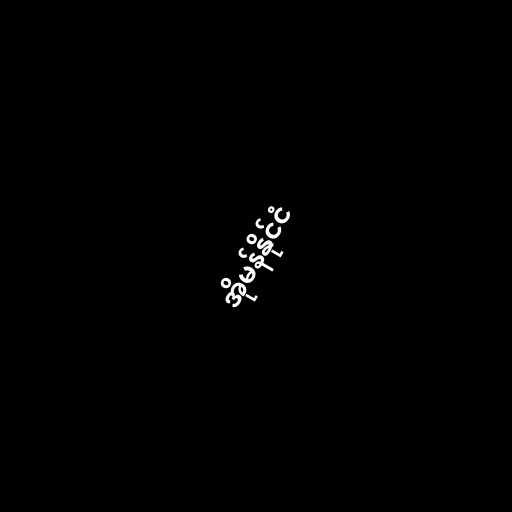
အိုမန်နိုင်ငံ